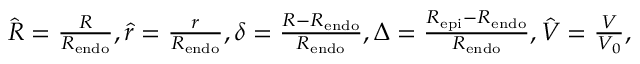
\begin{array} { r } { \hat { R } = \frac { R } { R _ { \mathrm { e n d o } } } , \hat { r } = \frac { r } { R _ { \mathrm { e n d o } } } , \delta = \frac { R - R _ { \mathrm { e n d o } } } { R _ { \mathrm { e n d o } } } , \Delta = \frac { R _ { \mathrm { e p i } } - R _ { \mathrm { e n d o } } } { R _ { \mathrm { e n d o } } } , \hat { V } = \frac { V } { V _ { 0 } } , } \end{array}